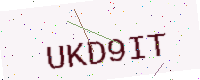
Text: UKD9IT